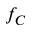
f _ { C }